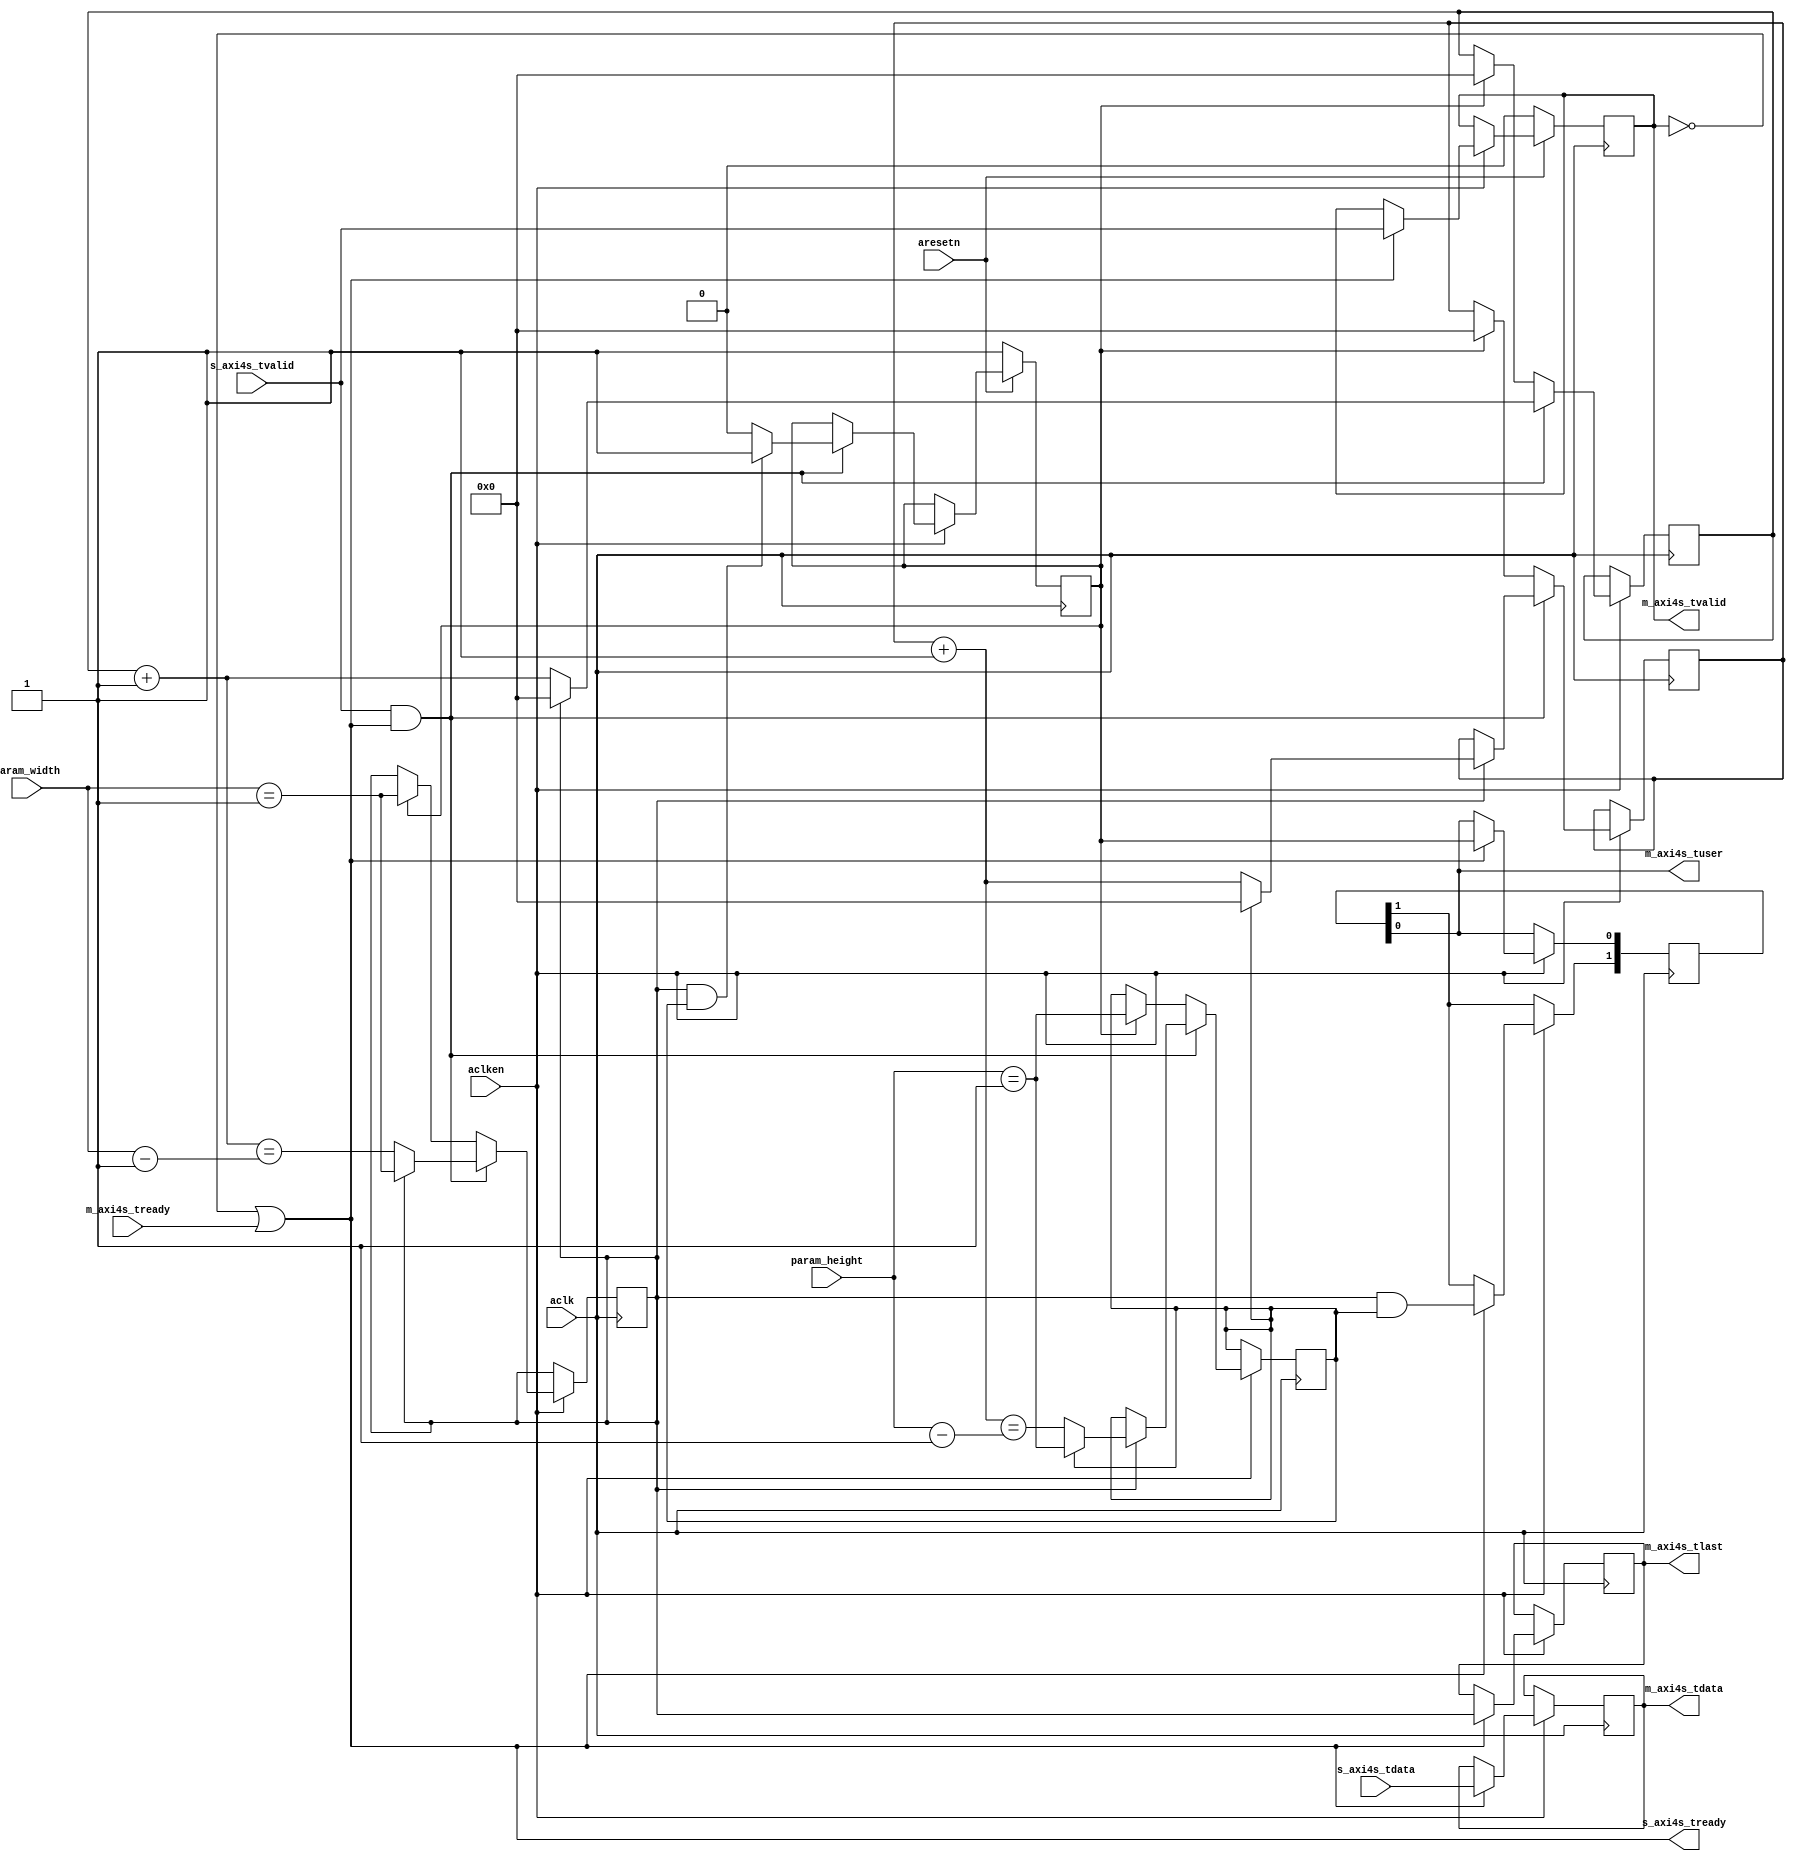
// ---------------------------------------------------------------------------
//  Jelly  -- The platform for real-time computing
//
//                                 Copyright (C) 2008-2017 by Ryuji Fuchikami
//                                 https://github.com/ryuz/jelly.git
// ---------------------------------------------------------------------------



`timescale 1ns / 1ps
`default_nettype none


// tuser  tlast 
module jelly_axi4s_add_control_signal
        #(
            parameter   X_WIDTH     = 10,
            parameter   Y_WIDTH     = 10,
            parameter   TUSER_WIDTH = 1,
            parameter   TDATA_WIDTH = 24
        )
        (
            input   wire                        aresetn,
            input   wire                        aclk,
            input   wire                        aclken,
            
            input   wire    [X_WIDTH-1:0]       param_width,
            input   wire    [Y_WIDTH-1:0]       param_height,
            
            input   wire    [TDATA_WIDTH-1:0]   s_axi4s_tdata,
            input   wire                        s_axi4s_tvalid,
            output  wire                        s_axi4s_tready,
            
            output  wire    [TUSER_WIDTH-1:0]   m_axi4s_tuser,
            output  wire                        m_axi4s_tlast,
            output  wire    [TDATA_WIDTH-1:0]   m_axi4s_tdata,
            output  wire                        m_axi4s_tvalid,
            input   wire                        m_axi4s_tready
        );
    
    wire                        cke;
    
    reg                         reg_first;
    reg     [X_WIDTH-1:0]       reg_x;
    reg                         reg_x_last;
    reg     [Y_WIDTH-1:0]       reg_y;
    reg                         reg_y_last;
    
    reg     [1:0]               reg_tuser;
    reg                         reg_tlast;
    reg     [TDATA_WIDTH-1:0]   reg_tdata;
    reg                         reg_tvalid;
    
    always @(posedge aclk) begin
        if ( ~aresetn ) begin
            reg_first  <= 1'b1;
            reg_tvalid <= 1'b0;
        end
        else if ( aclken ) begin
            if ( s_axi4s_tvalid && s_axi4s_tready ) begin
                reg_first <= 1'b0;
                if ( reg_x_last && reg_y_last ) begin
                    reg_first <= 1'b1;
                end
            end
            
            if ( !m_axi4s_tvalid || m_axi4s_tready ) begin
                reg_tvalid <= s_axi4s_tvalid;
            end
        end
    end
    
    always @(posedge aclk) begin
        if ( aclken ) begin
            // slave port stage
            if ( s_axi4s_tvalid && s_axi4s_tready ) begin
                reg_x       <= reg_x + 1'b1;
                reg_x_last  <= ((reg_x + 1'b1) == (param_width - 1'b1));
                if ( reg_x_last ) begin
                    reg_x       <= {X_WIDTH{1'b0}};
                    reg_x_last  <= (param_width == 1);
                    reg_y       <= reg_y + 1'b1;
                    reg_y_last  <= ((reg_y + 1'b1) == (param_height - 1'b1));
                    if ( reg_y_last ) begin
                        reg_y      <= {Y_WIDTH{1'b0}};
                        reg_y_last <= (param_height == 1);
                    end
                end
            end
            else begin
                if ( reg_first ) begin
                    reg_x      <= {X_WIDTH{1'b0}};
                    reg_x_last <= (param_width == 1);
                    reg_y      <= {Y_WIDTH{1'b0}};
                    reg_y_last <= (param_height == 1);
                end
            end
            
            // master port stage
            if ( !m_axi4s_tvalid || m_axi4s_tready ) begin
                reg_tuser[1] <= reg_x_last & reg_y_last;
                reg_tuser[0] <= reg_first;
                reg_tlast    <= reg_x_last;
                reg_tdata    <= s_axi4s_tdata;
            end
        end
    end
    
    assign s_axi4s_tready = !m_axi4s_tvalid || m_axi4s_tready;
    
    assign m_axi4s_tuser  = reg_tuser;
    assign m_axi4s_tlast  = reg_tlast;
    assign m_axi4s_tdata  = reg_tdata;
    assign m_axi4s_tvalid = reg_tvalid;
    
endmodule


`default_nettype wire


// end of file